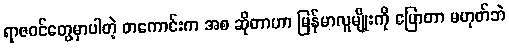
ရာဇဝင်တွေမှာပါတဲ့ တကောင်းက အစ ဆိုတာဟာ မြန်မာလူမျိုးကို ပြောတာ မဟုတ်ဘဲ